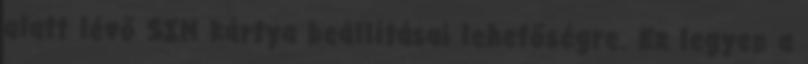
alatt lévő SIM kártya beállításai lehetőségre. Ez legyen a